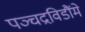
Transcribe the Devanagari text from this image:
पञ्चद्रविडौंमे